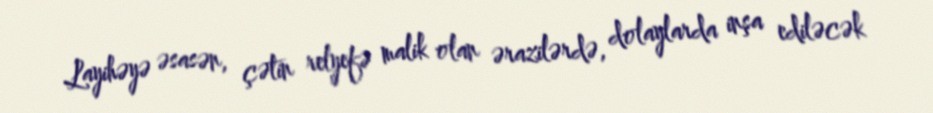
Layihəyə əsasən, çətin relyefə malik olan ərazilərdə, dolaylarda inşa ediləcək